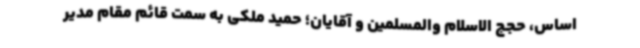
اساس، حجج الاسلام والمسلمین و آقایان؛ حمید ملکی به سمت قائم مقام مدیر